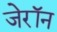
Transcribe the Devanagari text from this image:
जेरॉन